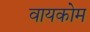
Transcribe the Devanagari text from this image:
वायकोम